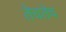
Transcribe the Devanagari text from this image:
तेचतेच